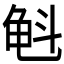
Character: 𲎮